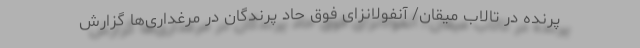
پرنده در تالاب میقان/ آنفولانزای فوق حاد پرندگان در مرغداری‌ها گزارش